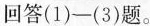
回答(1)-(3)题。